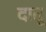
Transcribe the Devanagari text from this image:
दातू